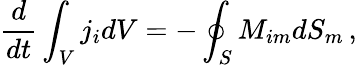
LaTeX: \frac{d}{dt}\int_{V}j_{i}dV=-\oint_{S}M_{im}dS_{m}\, ,